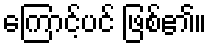
ကြောင့်ပင် ဖြစ်၏။